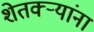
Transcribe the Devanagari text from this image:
शेतक्ऱ्यांना